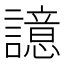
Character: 譩